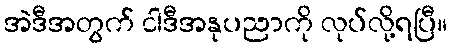
အဲဒီအတွက် ငါဒီအနုပညာကို လုပ်လို့ရပြီ။